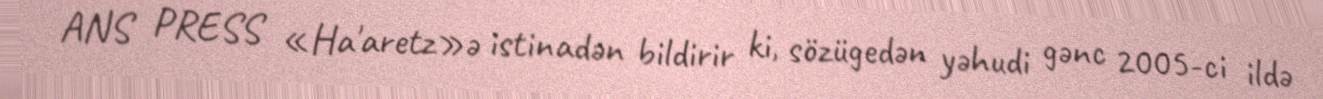
ANS PRESS «Ha'aretz»ə istinadən bildirir ki, sözügedən yəhudi gənc 2005-ci ildə